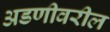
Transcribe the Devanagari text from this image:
अडणीवरील